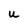
Character: U